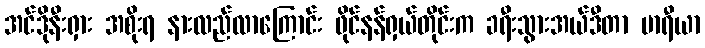
အင်ဒိုနီးရှား အစိုးရ နားလည်လာကြောင်း ဖိုင်နန်ရှယ်တိုင်းက ခရီးသွားအယ်ဒီတာ မာရီယာ